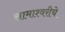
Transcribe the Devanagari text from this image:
सामाश्वरीचे